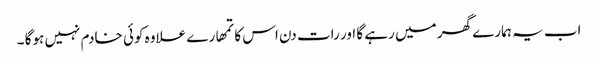
اب یہ ہمارے گھر میں رہے گا اور رات دن اس کا تمھارے علاوہ کوئی خادم نہیں ہوگا ۔